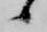
候